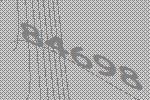
84698